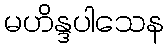
မဟိန္ဒပါသေန